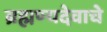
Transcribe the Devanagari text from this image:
ब्रह्मण्यदेवाचे